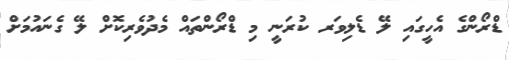
ޑްރޯންގެ އެހީގައި ލޭ ޑެލިވަރ ކުރަނީ މި ޑްރޯންތައް މެދުވެރިކޮށް ލޭ ގެނައުމަށް